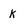
Character: k